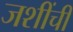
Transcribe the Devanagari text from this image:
जशींची